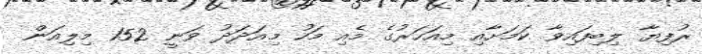
ރުފިޔާ ލިބިފައިވާ ކަމަށާއި މިއަހަރުގެ މެއި މަހު މިއަދަދު ވަނީ 152 މިލިއަން